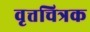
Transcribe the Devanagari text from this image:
वृत्तचित्रक